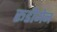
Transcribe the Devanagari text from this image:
रूडीमेन